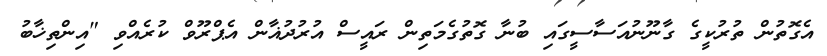
އެގޮތުން ތުރުކީގެ ގާނޫނުއަސާސީގައި ބުނާ ގޮތުގެމަތިން ރައީސް އުރުދުޣާން އެޕްރޫވް ކުރެއްވި "އިންތިޚާބު